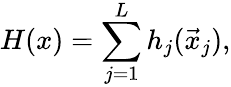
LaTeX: H(x)=\sum_{j=1}^{L}h_{j}(\vec{x}_{j}),